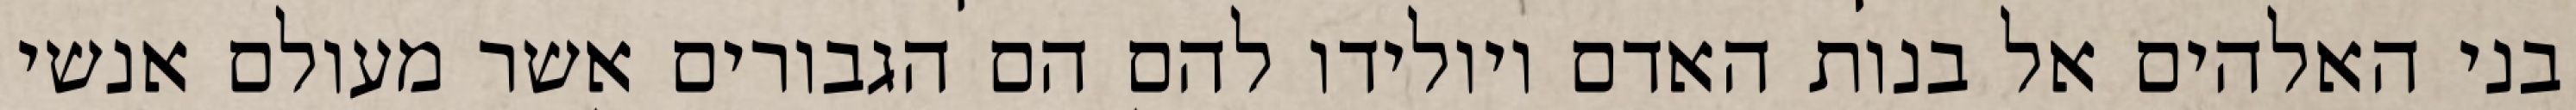
בני האלהים אל בנות האדם ויולידו להם הם הגבורים אשר מעולם אנשי